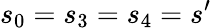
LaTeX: s_{0}=s_{3}=s_{4}=s^{\prime}